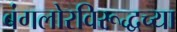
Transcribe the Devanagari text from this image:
बंगलोरविरूद्धच्या